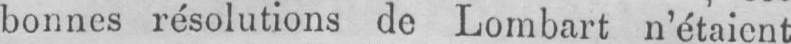
bonnes résolutions de Lombart n’étaient